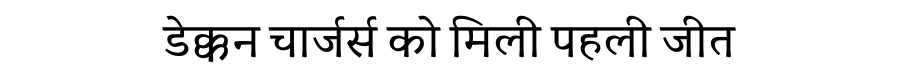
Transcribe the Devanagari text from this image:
डेक्कन चार्जर्स को मिली पहली जीत